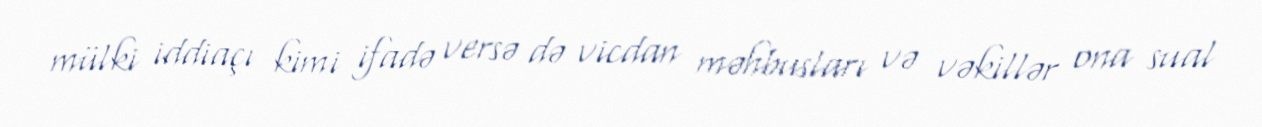
mülki iddiaçı kimi ifadə versə də vicdan məhbusları və vəkillər ona sual